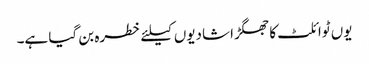
یوں ٹوائلٹ کا جھگڑا شادیوں کیلئے خطرہ بن گیا ہے۔